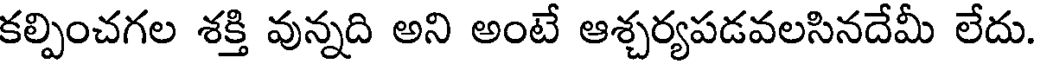
కల్పించగల శక్తి వున్నది అని అంటే ఆశ్చర్యపడవలసినదేమీ లేదు.